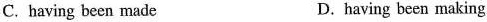
C. having been made D. having been making